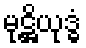
မုဋ္ဌိယုဒ္ဓံ